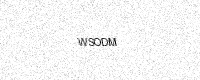
Text: WSODM